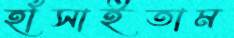
হাঁসাইতাম